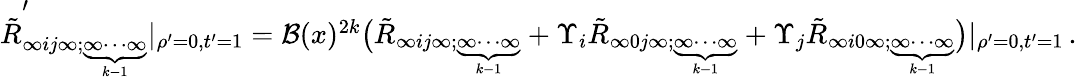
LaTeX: \begin{array}{r}{\tilde{R}_{\infty ij\infty;\underbrace{\scriptstyle\infty\cdots\infty}_{k-1}}^{\prime}|_{\rho^{\prime}=0,t^{\prime}=1}={\cal B}(x)^{2k}\big(\tilde{R}_{\infty ij\infty;\underbrace{\scriptstyle\infty\cdots\infty}_{k-1}}+\Upsilon_{i}\tilde{R}_{\infty 0j\infty;\underbrace{\scriptstyle\infty\cdots\infty}_{k-1}}+\Upsilon_{j}\tilde{R}_{\infty i0\infty;\underbrace{\scriptstyle\infty\cdots\infty}_{k-1}}\big)|_{\rho^{\prime}=0,t^{\prime}=1}\, .}\end{array}